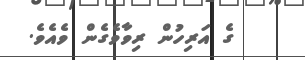
ގެ އަރިހުން ރިވާވެގެން ވެއެވެ.